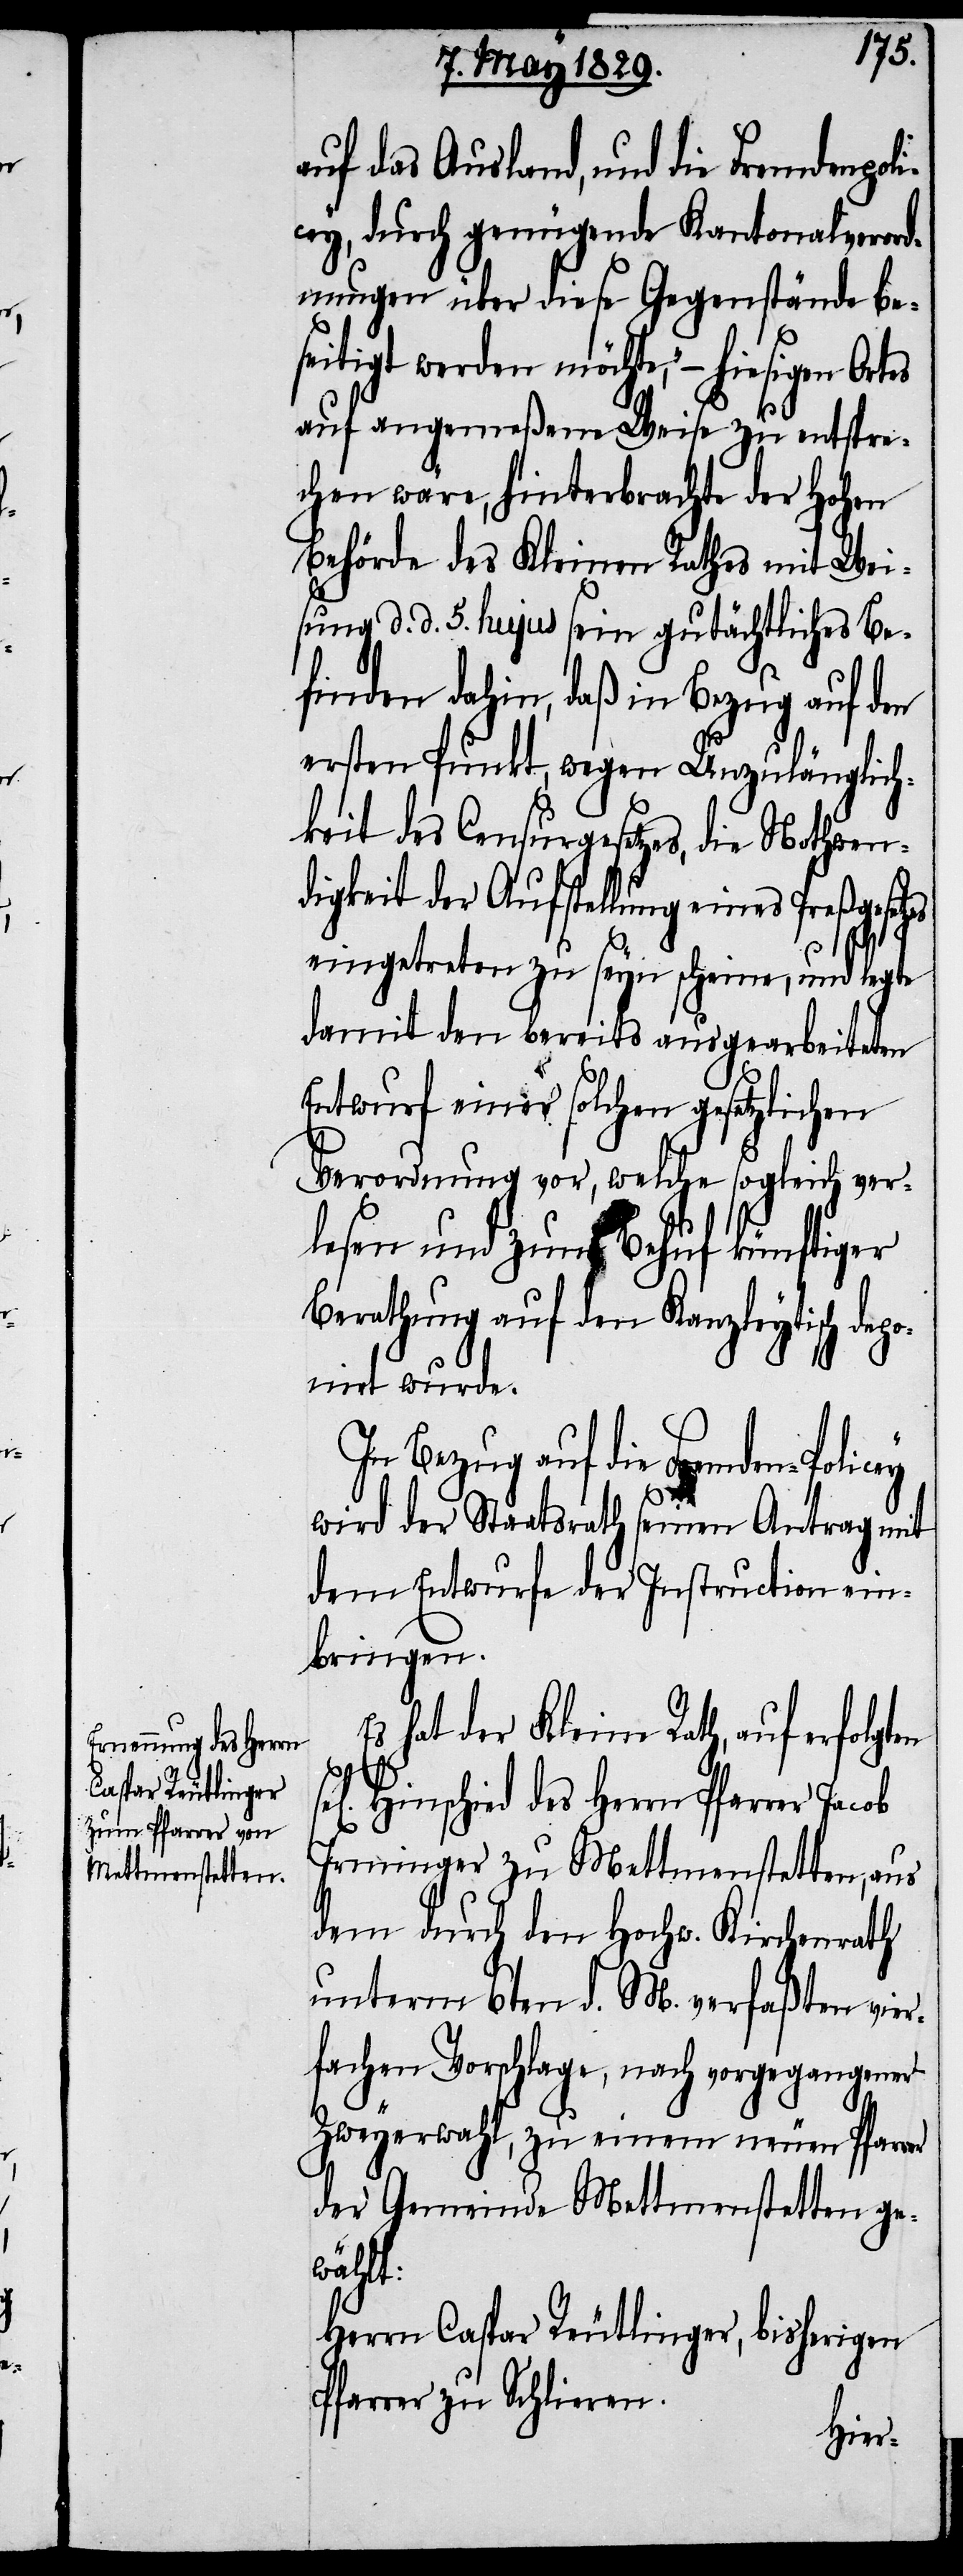
auf das Ausland, und die Fremdenpoli¬
cey, durch genügende Kantonalverord¬
nungen über diese Gegenstände be¬
seitigt werden möchte,“– hiesigen Ort¬
auf angemeßene Weise zu entspre¬
chen wäre, hinterbrachte der Hohen
Behörde des Kleinen Rathes mit Wei¬
sung d. d. 5. hujus sein gutächtliches Be¬
finden dahin, daß in Bezug auf den
ersten Punkt, wegen Unzulänglich¬
keit des Censurgesetzes, die Nothwen¬
digkeit der Aufstellung eines Preßgeset¬
eingetreten zu seyn scheine, und legt
damit den bereits ausgearbeiteten
Entwurf einer solchen gesetzlichen
Verordnung vor, welche sogleich ver¬
lesen und zum Behuf künftiger
Berathung auf den Kanzleytisch de¬
ponirt wurde.
In Bezug auf die Fremden-Policey
wird der Staatsrath seinen Antrag mit
dem Entwurfe der Instruction ein¬
bringen.
hat der Kleine Rath, auf er¬
t:
Hinschied des Herrn Pfarrer Jacob
Irninger zu Mettmenstetten, aus
dem durch den Hochw. Kirchenrath
unterm 6ten d. M. verfaßten vie¬
rfachen Vorschlage, nach vorgegangener
Zweyerwahl, zu einem neuen Pfarrer
der Gemeinde Mettmenstetten ge¬
wähl¬
Herrn Caspar Reutlinger, bisherigen
Pfarrer zu Schlieren.